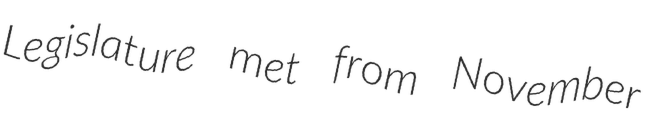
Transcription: Legislature met from November